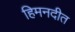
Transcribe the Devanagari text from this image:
हिमनदीत